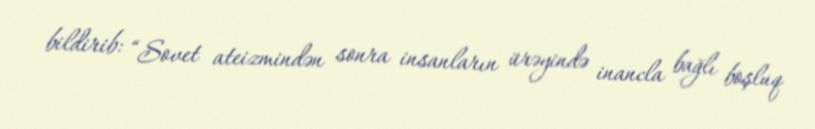
bildirib: “Sovet ateizmindən sonra insanların ürəyində inancla bağlı boşluq